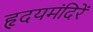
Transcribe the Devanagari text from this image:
हृदयमंदिरें